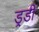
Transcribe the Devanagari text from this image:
ड्रूडी